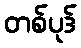
တစ်ပုဒ်